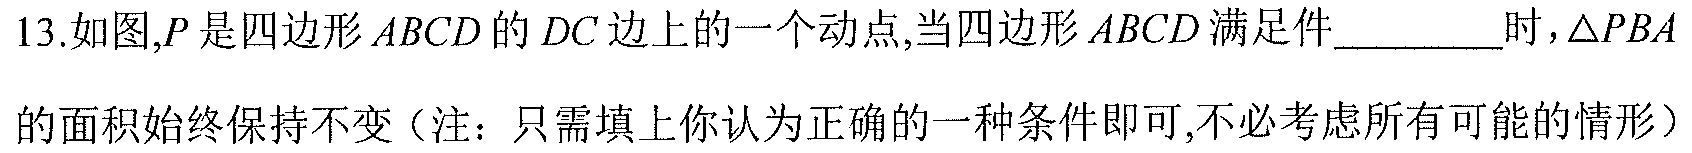
13.如图,\(P\)是四边形\(ABCD\)的\(DC\)边上的一个动点,当四边形\(ABCD\)满足件_________时,\(\triangle PBA\)的面积始终保持不变（注：只需填上你认为正确的一种条件即可,不必考虑所有可能的情形）